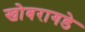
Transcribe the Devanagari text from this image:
खोबरागडे